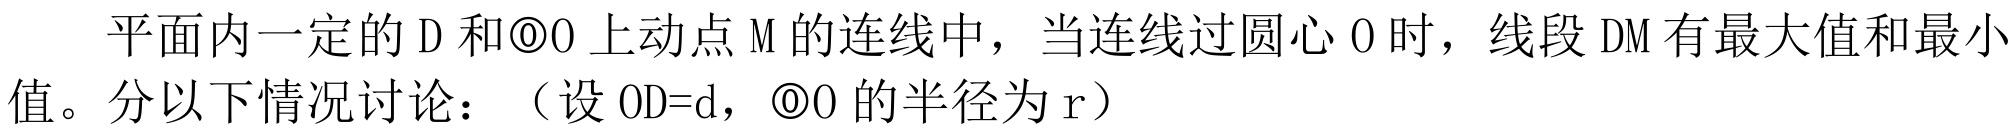
平面内一定的 \(D\) 和\(\odot O\) 上动点 \(M\) 的连线中，当连线过圆心 \(O\) 时，线段 \(DM\) 有最大值和最小值。分以下情况讨论：（设 \(OD = d\)，\(\odot O\) 的半径为 \(r\)）